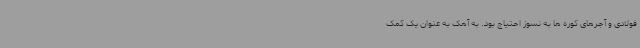
فولادی و آجرهای کوره ها به نسوز احتیاج بود. به آهک به عنوان یک کمک